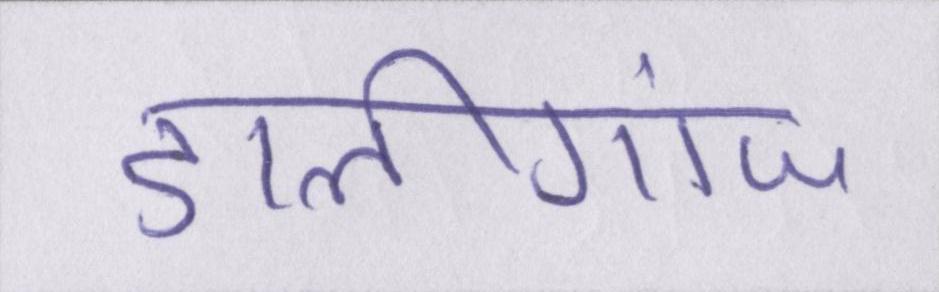
डालीगंज